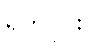
ရက်ပိုင်း